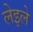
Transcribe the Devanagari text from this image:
लेइले